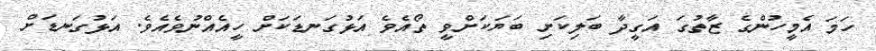
ހަމަ އެމީހުންގެ ޒާތުގަ އަގީދާ ބަލިކަށި ބަޔަކަށްވީ ތޯއެވެ އަޅުގަނޑަކަށް ހީއެއްނުވެއެވެ. އަޅުގަނޑަށް